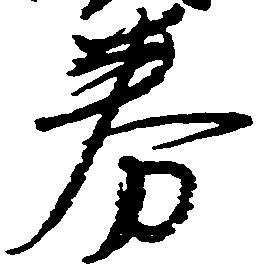
券